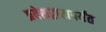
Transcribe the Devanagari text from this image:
प्रवेशद्वारापर्यंत